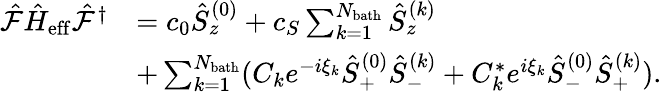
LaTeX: \begin{array}{rl}{\hat{\mathcal{F}}\hat{H}_{\mathrm{eff}}\hat{\mathcal{F}}^{\dagger}}&{=c_{0}\hat{S}_{z}^{(0)}+c_{S}\sum_{k=1}^{N_{\mathrm{bath}}}\hat{S}_{z}^{(k)}}\\ &{+\sum_{k=1}^{N_{\mathrm{bath}}}(C_{k}e^{-i\xi_{k}}\hat{S}_{+}^{(0)}\hat{S}_{-}^{(k)}+C_{k}^{*}e^{i\xi_{k}}\hat{S}_{-}^{(0)}\hat{S}_{+}^{(k)}).}\end{array}